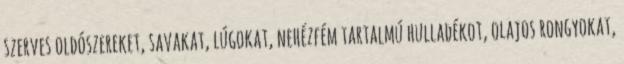
szerves oldószereket, savakat, lúgokat, nehézfém tartalmú hulladékot, olajos rongyokat,